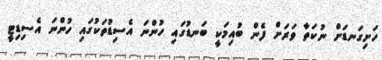
ހަށިގަނޑަށް ނުކަތާ ވަރަށް ފެން ބުއިމަކީ ބަނޑުގައި ހުންނަ އެސިޑުތަކުގައި ހުންނަ އެސިޑިޓީ